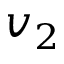
v _ { 2 }